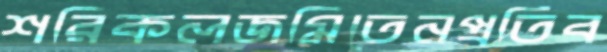
শরিকলজমিতেনপ্রতিব